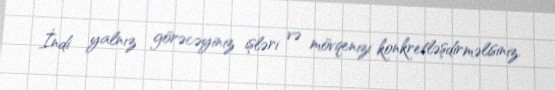
İndi yalnız görəcəyiniz işləri və mövqenizi konkretləşdirməlisiniz.